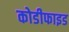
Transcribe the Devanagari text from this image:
कोडीफाइड